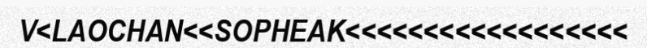
V<LAOCHAN<<SOPHEAK<<<<<<<<<<<<<<<<<<